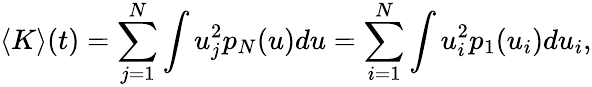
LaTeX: \langle K\rangle(t)=\sum_{j=1}^{N}\int u_{j}^{2}p_{N}(u)du=\sum_{i=1}^{N}\int u_{i}^{2}p_{1}(u_{i})du_{i},